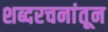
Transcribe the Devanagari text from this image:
शब्दरचनांतून